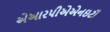
એઆરપીએએનઇટી